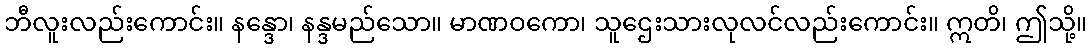
ဘီလူးလည်းကောင်း။ နန္ဒော၊ နန္ဒမည်သော။ မာဏဝကော၊ သူဌေးသားလုလင်လည်းကောင်း။ ဣတိ၊ ဤသို့။